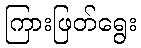
ကြားဖြတ်ရွေး